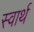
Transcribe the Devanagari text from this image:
स्‍वार्थ